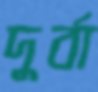
দুর্বা